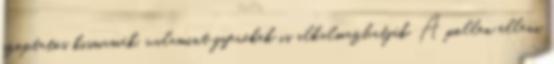
szoptatós kismamák, valamint gyerekek is alkalmazhatják. A pollen elleni